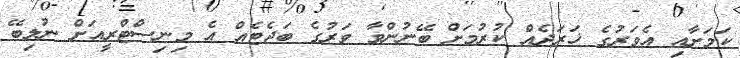
ކަމަށާއި އެވަރުގެ ޚަރަދެއް ކުރުމަށް ބޭނުންވާ ވަރުގެ ބަޖެޓެއް އެ މިނިސްޓްރީއަށް ނުލިބޭ